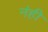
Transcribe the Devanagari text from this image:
नंही